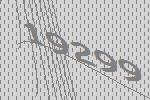
19299